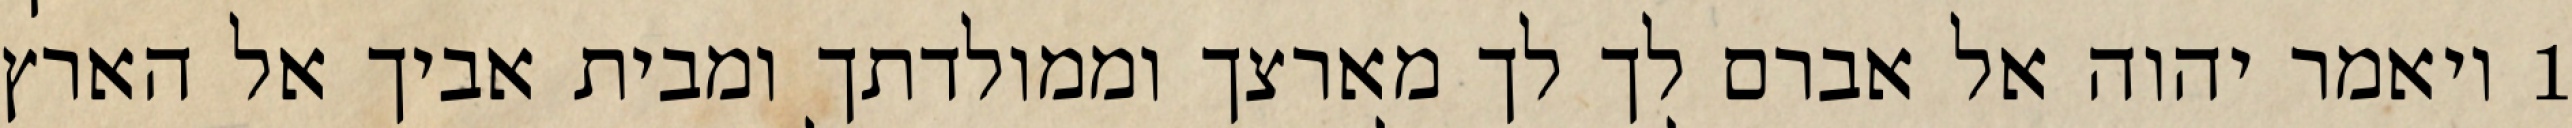
1 ויאמר יהוה אל אברם לך לך מארצך וממולדתך ומבית אביך אל הארץ